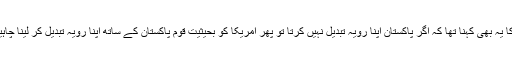
ان کا یہ بھی کہنا تھا کہ اگر پاکستان اپنا رویہ تبدیل نہیں کرتا تو پھر امریکا کو بحیثیت قوم پاکستان کے ساتھ اپنا رویہ تبدیل کر لینا چاہیے۔